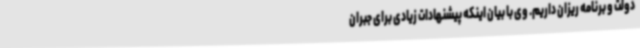
دولت و برنامه ریزان داریم. وی با بیان اینکه پیشنهادات زیادی برای جبران